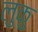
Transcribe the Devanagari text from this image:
लुकु